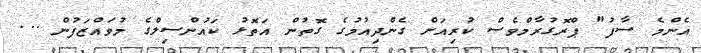
އެންމެ ސާފު" ޕްރޮގުރާމްވެސް ކުރިއަށް ގެންދިއުމުގެ ގޮތުން އަތޮޅު ކައުންސިލްގެ މުވައްޒަފުން ...